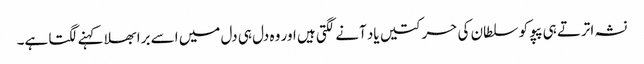
نشہ اترتے ہی پپو کو سلطان کی حرکتیں یاد آنے لگتی ہیں اور وہ دل ہی دل میں اسے برا بھلا کہنے لگتا ہے۔